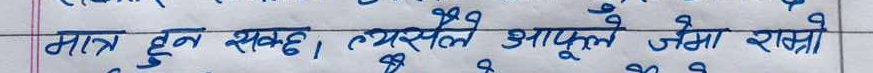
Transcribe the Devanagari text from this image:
मात्र हुन सक्छ, त्यसैले आफूले जस्तो राम्रो